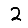
Digit: 2